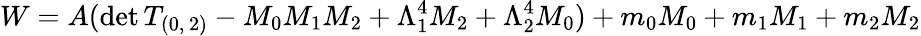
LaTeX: W=A(\mathrm{det}\, T_{(0,\, 2)}-M_{0}M_{1}M_{2}+\Lambda_{1}^{4}M_{2}+\Lambda_{2}^{4}M_{0})+m_{0}M_{0}+m_{1}M_{1}+m_{2}M_{2}